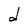
Character: O